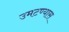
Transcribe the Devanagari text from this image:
उमटण्यास